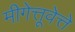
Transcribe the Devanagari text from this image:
मीगेत्तूवेत्ते